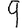
Digit: 9